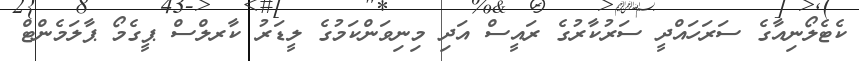
ކެޓެލޯނިއާގެ ސަރަހައްދީ ސަރުކާރުގެ ރައީސް އަދި މިނިވަންކަމުގެ ލީޑަރު ކާރލްސް ޕީގެމޯ ޕާލަމެންޓް